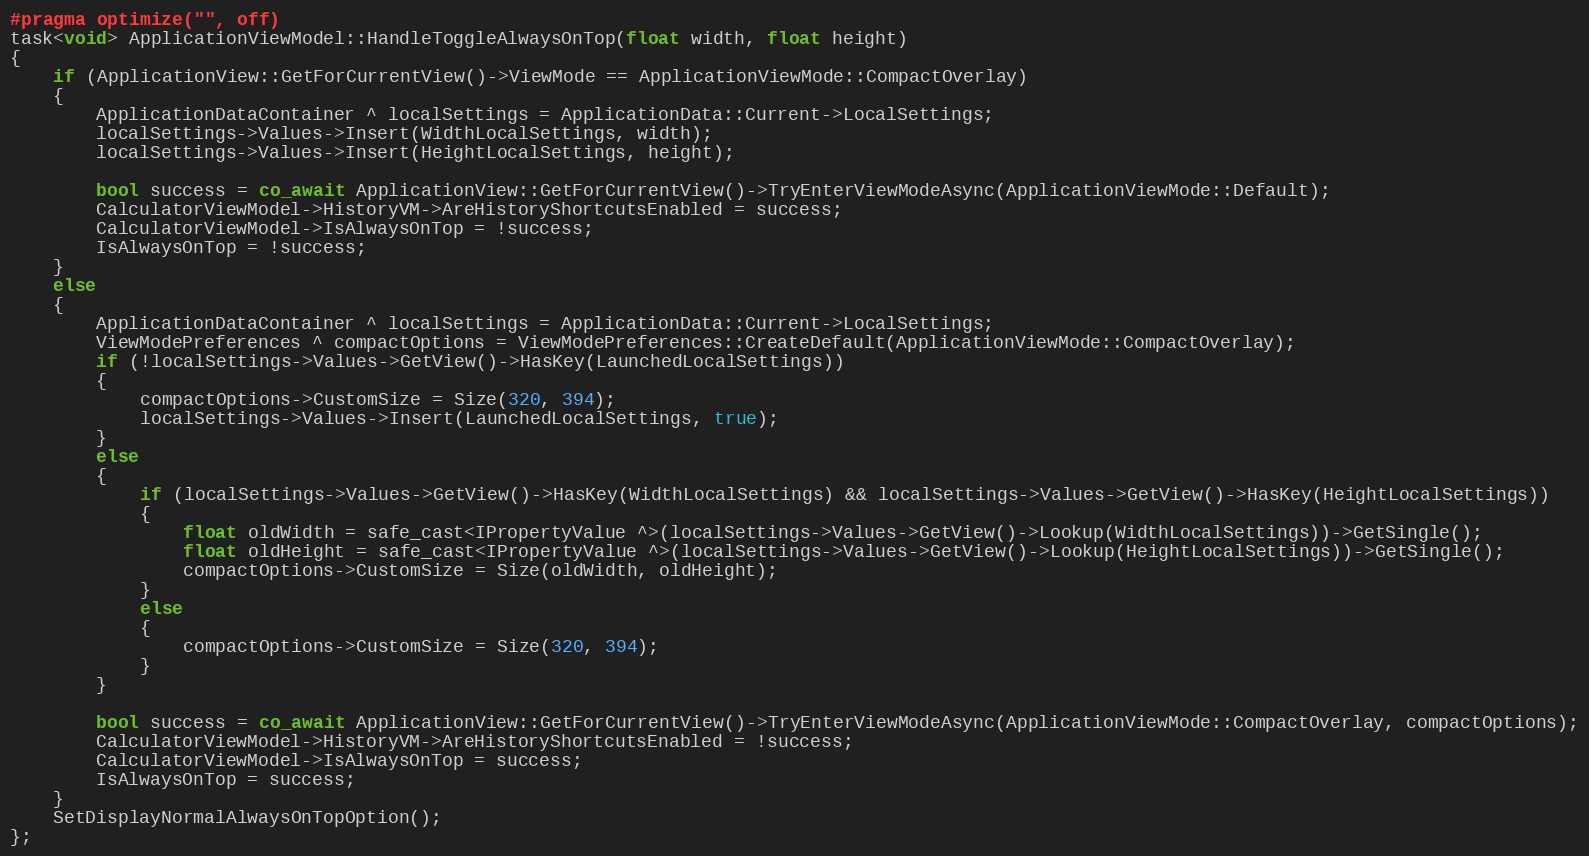
Language: C++
#pragma optimize("", off)
task<void> ApplicationViewModel::HandleToggleAlwaysOnTop(float width, float height)
{
    if (ApplicationView::GetForCurrentView()->ViewMode == ApplicationViewMode::CompactOverlay)
    {
        ApplicationDataContainer ^ localSettings = ApplicationData::Current->LocalSettings;
        localSettings->Values->Insert(WidthLocalSettings, width);
        localSettings->Values->Insert(HeightLocalSettings, height);

        bool success = co_await ApplicationView::GetForCurrentView()->TryEnterViewModeAsync(ApplicationViewMode::Default);
        CalculatorViewModel->HistoryVM->AreHistoryShortcutsEnabled = success;
        CalculatorViewModel->IsAlwaysOnTop = !success;
        IsAlwaysOnTop = !success;
    }
    else
    {
        ApplicationDataContainer ^ localSettings = ApplicationData::Current->LocalSettings;
        ViewModePreferences ^ compactOptions = ViewModePreferences::CreateDefault(ApplicationViewMode::CompactOverlay);
        if (!localSettings->Values->GetView()->HasKey(LaunchedLocalSettings))
        {
            compactOptions->CustomSize = Size(320, 394);
            localSettings->Values->Insert(LaunchedLocalSettings, true);
        }
        else
        {
            if (localSettings->Values->GetView()->HasKey(WidthLocalSettings) && localSettings->Values->GetView()->HasKey(HeightLocalSettings))
            {
                float oldWidth = safe_cast<IPropertyValue ^>(localSettings->Values->GetView()->Lookup(WidthLocalSettings))->GetSingle();
                float oldHeight = safe_cast<IPropertyValue ^>(localSettings->Values->GetView()->Lookup(HeightLocalSettings))->GetSingle();
                compactOptions->CustomSize = Size(oldWidth, oldHeight);
            }
            else
            {
                compactOptions->CustomSize = Size(320, 394);
            }
        }

        bool success = co_await ApplicationView::GetForCurrentView()->TryEnterViewModeAsync(ApplicationViewMode::CompactOverlay, compactOptions);
        CalculatorViewModel->HistoryVM->AreHistoryShortcutsEnabled = !success;
        CalculatorViewModel->IsAlwaysOnTop = success;
        IsAlwaysOnTop = success;
    }
    SetDisplayNormalAlwaysOnTopOption();
};